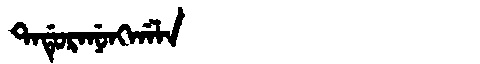
Manchu: ᡨᠠᡩᡠᡵᠠᠨᡠᠩᡤᠠᠯᠠ
Romanization: TADURANUNGGALA